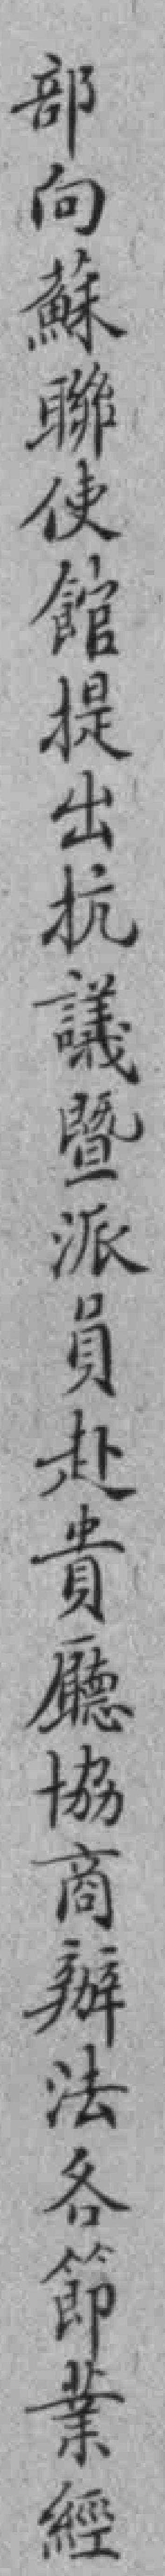
部向蘇聯使館提出抗議暨派員赴貴㕔協商辦法各節業經